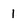
Character: 1